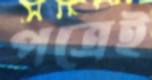
পত্রেই